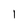
Character: l